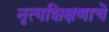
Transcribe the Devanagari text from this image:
नृत्यशिक्षणाचे